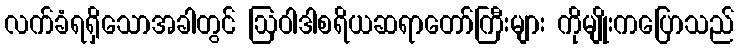
လက်ခံရရှိသောအခါတွင် ဩဝါဒါစရိယဆရာတော်ကြီးများ ကိုမျိုးကပြောသည်